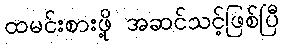
ထမင်းစားဖို့ အဆင်သင့်ဖြစ်ပြီ